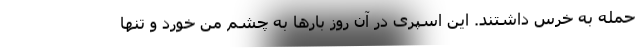
حمله به خرس داشتند. این اسپری در آن روز بارها به چشم من خورد و تنها